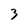
Character: 3